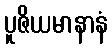
ပူဇိယမာနာနံ